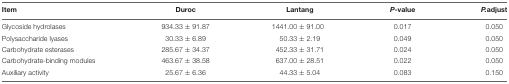
<table><thead><tr><td><b>Item</b></td><td><b>Duroc</b></td><td><b>Lantang</b></td><td><b><i>P</i>-value</b></td><td><b><i>P.</i>adjust</b></td></tr></thead><tbody><tr><td>Glycoside hydrolases</td><td>934.33 ± 91.87</td><td>1441.00 ± 91.00</td><td>0.017</td><td>0.050</td></tr><tr><td>Polysaccharide lyases</td><td>30.33 ± 6.89</td><td>50.33 ± 2.19</td><td>0.049</td><td>0.050</td></tr><tr><td>Carbohydrate esterases</td><td>285.67 ± 34.37</td><td>452.33 ± 31.71</td><td>0.024</td><td>0.050</td></tr><tr><td>Carbohydrate-binding modules</td><td>463.67 ± 38.58</td><td>637.00 ± 28.51</td><td>0.022</td><td>0.050</td></tr><tr><td>Auxiliary activity</td><td>25.67 ± 6.36</td><td>44.33 ± 5.04</td><td>0.083</td><td>0.150</td></tr></tbody></table>